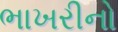
ભાખરીનો